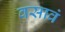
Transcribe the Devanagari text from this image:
वसावं